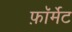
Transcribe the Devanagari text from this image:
फ़ाॅर्मेट